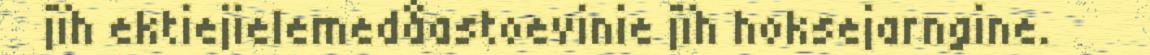
jïh ektiejielemedåastoevinie jïh hoksejarngine.